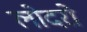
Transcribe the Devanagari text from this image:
लोदरो